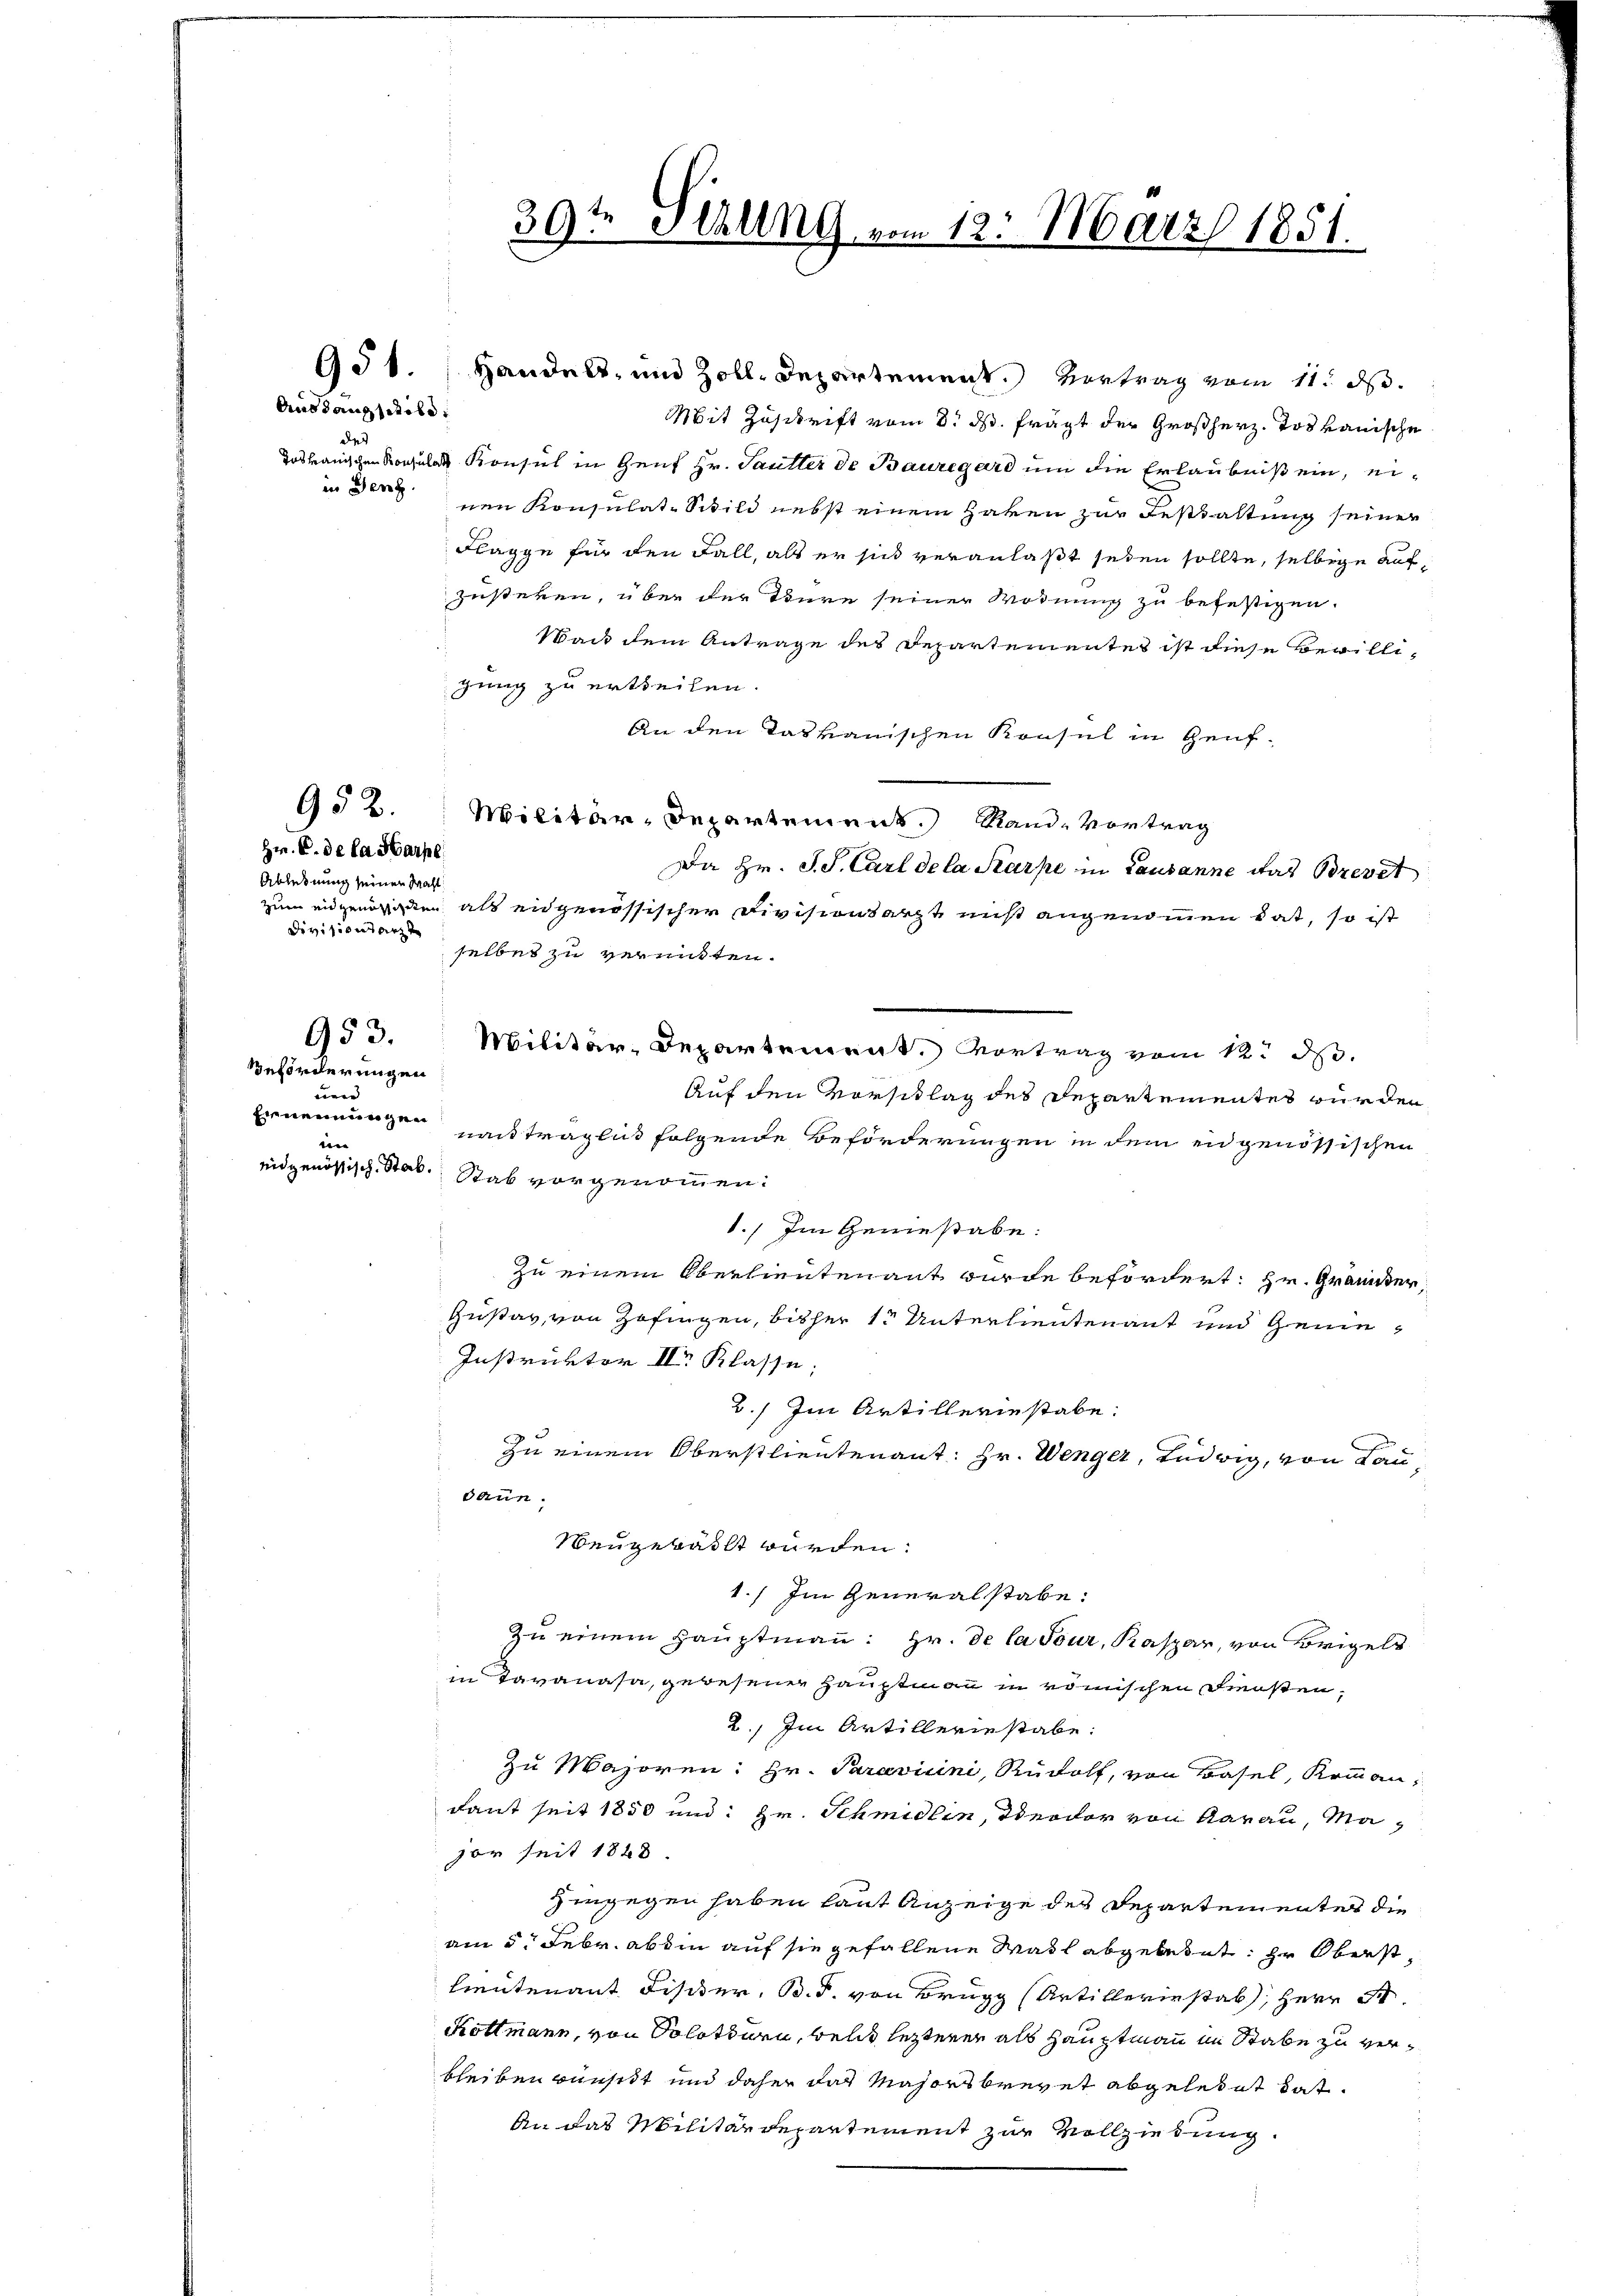
Ausdaugliche
de
in Genf.

952.

Hr. C. de la Harpe
Ablehnung seinen Wahl
Divisionsarzt
953.
Beförderungen
meen |
Ernennungen
wie

951. Handels, und Zoll-Departement. Vortrag vom 11. ds.
Mit Zuschrift vom 8. ds. frägt der Großherz. Jos rauische
Tothanischen Konsul Konsul in Genf Hr. Sautter de Bauregard um die Erlaubniß ein, einen Konsulat-Schild nebst einem Haken zur Bestaltung seiner
Flagge für den Fall, als er sich veranlaßt seien sollte, selbige aufzustehen, über der Thüre seiner Wohnung zu befestigen.
Wand dem Antrage der Departementes ist diese Bewilligung zu ertheilen.
An den Tatkanischen Konsul in Genf¬
Militär-Departement Rand- Vortrag
Da Hr. S. S. Carl dela Karpe in Lausanne das Brevet
zum eidgenörten als eidgenössischer Divisionsarzt mißt angenommen hat, so ist
selbes zu vermitten.
Militär-Departement. Vortrag vom 12. ds.
Auf den Vorschlag des Departementes wurden
nachträglich folgende Beförderungen in dem eidgenössischen
eidgenössische Stab. Stab vorgenommen:
1. Im Genießabe:
zu einem Oberlieutenant wurde befördert: Hr. Gräunter,
Gustav von Zofingen, bisher 1. Unterlieutenant und Genie¬
Instruktor II Klasse;
2.) Im Artilleriestabe:
Zu einem Oberstlieutenant: Hr. Wenger, Ludwig, von Lau
daun.
Neugewählt würden.
1.) Im Generalstabe:
Zu einem Hauptmann: Hr. de la Tour, Kaspar, von Brigels
in Tavanasa, gewesener Hauptmann in römischen Dreisten,
2.) Im Artilleriestabe:
zu Majoren: Hr. Paravicini, Rudolf, von Basel, Kommann,
dant seit 1850 und: Hr. Schmidlin, Deodor von darau, Mavor seit 1848.
hingegen haben laut Anzeige des Departementes die
am 5. Febr. abhin auf sie gefallene Wahl abgebetet, zu Oberst
Lieutenant Fister, B. P. von Brugg (Artilleriestab, Herr P
Kottmann, von Solothurn, bele letzterer als Hauptmann im Stabe zu verbleiben wünscht und daher das Majors brevet abgelehnt hat.
An das Militärdepartement zur Vollziehung.

39te Schling vom 12. März 1851.